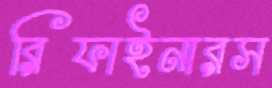
রিফাইনারস